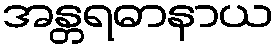
အန္တရဓာနာယ